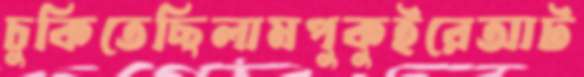
চুকিতেছিলামপুকুইরেআট